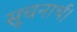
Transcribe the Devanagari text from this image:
सूचनार्थ।